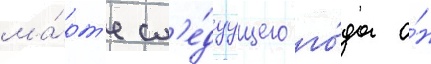
ма́рт'е сл'е́дуущего го́да о́н